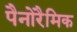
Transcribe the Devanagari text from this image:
पैनोरैमिक